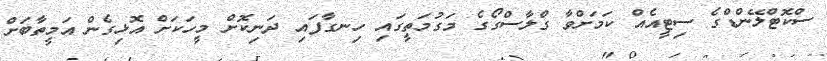
ސްކޮޓްލޭންޑްގެ ސިޓީއެއް ކަމަށްވާ ގްލާސްގޯގެ މަގުމަތީގައި ހިނގާފައި ދަނިކޮށް މީހަކަށް އޮޅިގެން އަމީތާބަށް